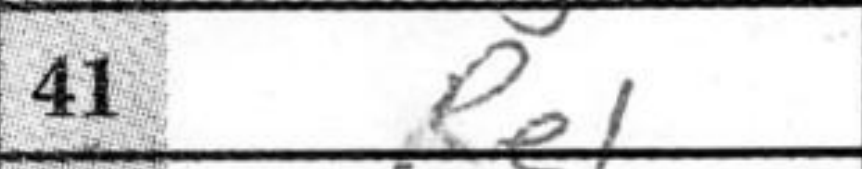
Transcription: Re1